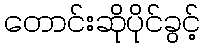
တောင်းဆိုပိုင်ခွင့်